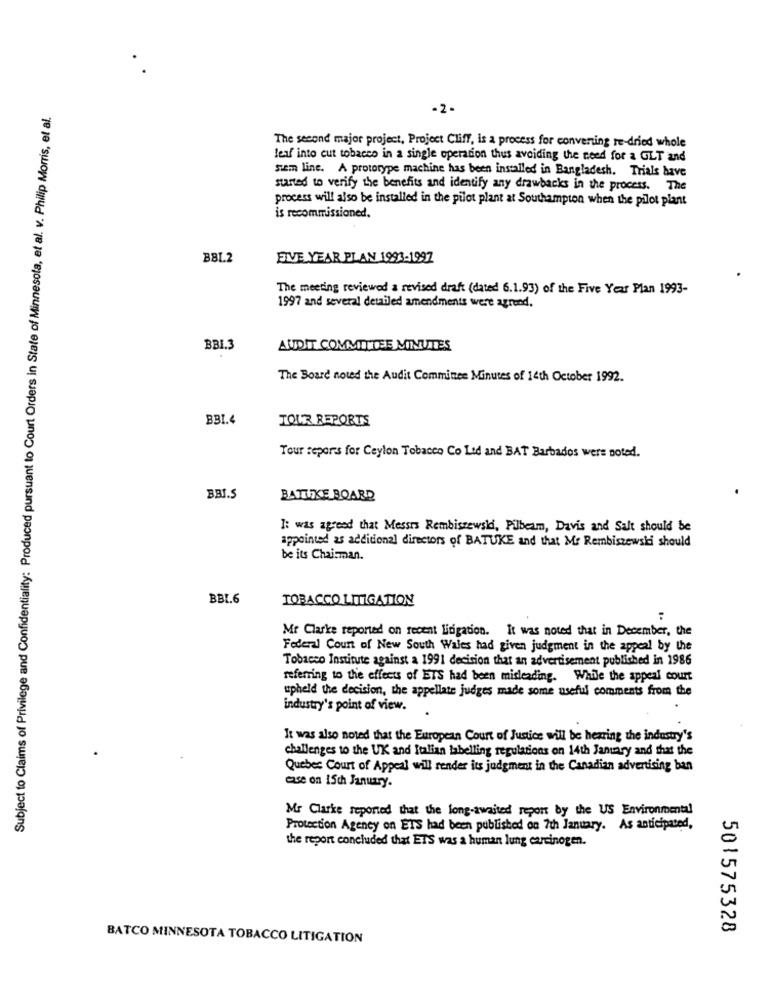
Subject to Claims of Privilege and Confidentiality: Produced pursuant to Court Orders in State of Minnesota, et al. v. Philip Morris, et al.
-2-
The second major project, Project Cliff, is a process for converting re-dried whole
leaf into cut tobacco in a single operation thus avoiding the need for a GLT and
siem line. A prototype machine has been installed in Bangladesh. Trials have
started to verify the benefits and identify any drawbacks in the process. The
process will also be installed in the pilot plant at Southampton when the pilot plant
is recommissioned.
BBL.2
FIVE YEAR PLAN 1993-1997
The meeting reviewed a revised draft (dated 6.1.93) of the Five Year Plan 1993-
1997 and several detailed amendments were agreed.
BBI.3
AUDIT COMMITTEE MINUTES
The Board noted the Audit Committee Minutes of 14th October 1992.
BBI.4
TOUR REPORTS
Tour reports for Ceylon Tobacco Co Lid and BAT Barbados wers noted.
BBI.S
BATUKE BOARD
I: was agreed that Messrs Rembiszewski, Pilbeam, Davis and Salt should be
appointed as additional directors of BATUKE and that Mr Rembiszewski should
be its Chairman.
BBL.6
TOBACCO LITIGATION
:
Mr Clarke reported on recent lingation. It was noted that in December, the
Federal Court of New South Wales had given judgment in the appeal by the
Tobacco Institute against a 1991 decision that an advertisement published in 1986
referring to the effects of ETS had been misleading. While the appeal court
upheld the decision, the appellate judges made some useful comments from the
industry's point of view.
It was also noted that the European Court of Justice will be hearing the industry's
challenges to the UK and Italian labelling regulations on 14th January and that the
Quebec Court of Appeal will render its judgment in the Canadian advertising ban
case on 15th January.
Mr Clarke reported that the long-awaited report by the US Environmental
Protection Agency on ETS had been published on 7th January. As anticipated,
the report concluded that ETS was a human lung carcinogen.
501575328
BATCO MINNESOTA TOBACCO LITIGATION